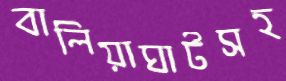
বালিয়াঘাটসহ